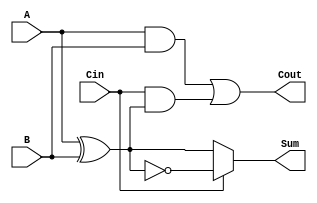
module ConditionalSumFullAdder (
    input  wire A,     // First input bit
    input  wire B,     // Second input bit
    input  wire Cin,   // Carry-in bit
    output wire Sum,   // Resulting sum bit
    output wire Cout   // Carry-out bit
);

    wire A_XOR_B;     // Intermediate signal for A XOR B
    wire A_AND_B;     // Intermediate signal for A AND B
    wire Cin_AND_A_XOR_B; // Intermediate signal for Cin AND (A XOR B)

    // Compute A XOR B
    assign A_XOR_B = A ^ B;

    // Compute intermediate carry signals
    assign A_AND_B = A & B;
    assign Cin_AND_A_XOR_B = Cin & A_XOR_B;

    // Compute the Sum output
    assign Sum = (Cin == 1'b0) ? A_XOR_B : ~A_XOR_B;

    // Compute the Cout output
    assign Cout = A_AND_B | Cin_AND_A_XOR_B;

endmodule